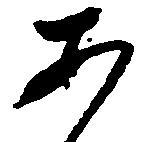
あ